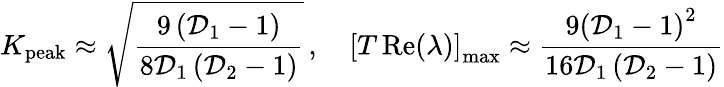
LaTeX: K_{\mathrm{peak}}\approx\sqrt{\frac{9\left(\mathcal{D}_{1}-1\right)}{8\mathcal{D}_{1}\left(\mathcal{D}_{2}-1\right)}}\, ,\quad\left[T\operatorname{Re}(\lambda)\right]_{\mathrm{max}}\approx\frac{9\left(\mathcal{D}_{1}-1\right)^{2}}{16\mathcal{D}_{1}\left(\mathcal{D}_{2}-1\right)}